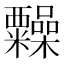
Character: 𥽹